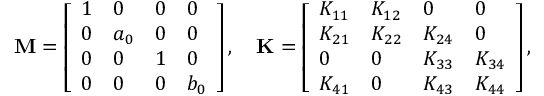
\mathbf { M } = \left[ \begin{array} { l l l l } { 1 } & { 0 } & { 0 } & { 0 } \\ { 0 } & { a _ { 0 } } & { 0 } & { 0 } \\ { 0 } & { 0 } & { 1 } & { 0 } \\ { 0 } & { 0 } & { 0 } & { b _ { 0 } } \end{array} \right] , \ \ \ \mathbf { K } = \left[ \begin{array} { l l l l } { K _ { 1 1 } } & { K _ { 1 2 } } & { 0 } & { 0 } \\ { K _ { 2 1 } } & { K _ { 2 2 } } & { K _ { 2 4 } } & { 0 } \\ { 0 } & { 0 } & { K _ { 3 3 } } & { K _ { 3 4 } } \\ { K _ { 4 1 } } & { 0 } & { K _ { 4 3 } } & { K _ { 4 4 } } \end{array} \right] ,